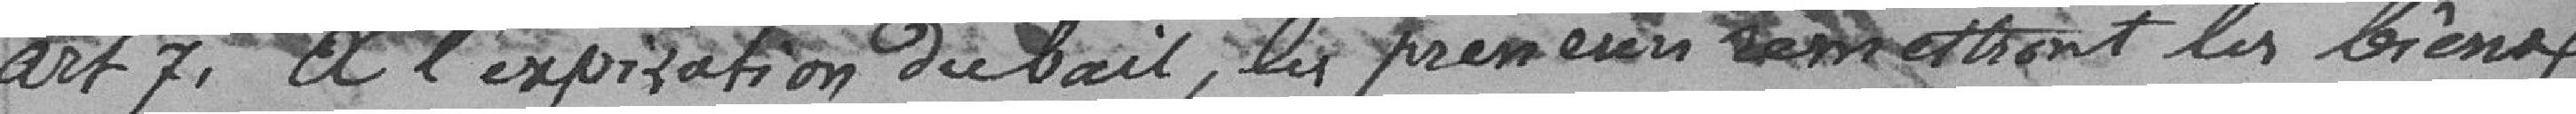
Art.7 A l'expiration du bail, les preneurs remettront les biens